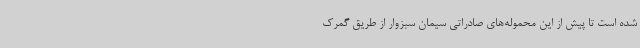
شده است تا پیش از این محموله‌های صادراتی سیمان سبزوار از طریق گمرک